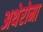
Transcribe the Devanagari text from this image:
अथेरोमा